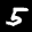
Label: 5